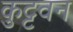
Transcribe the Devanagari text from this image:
कुट्टवन